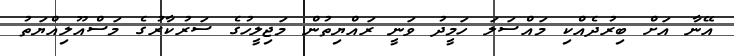
އޭނާ އަށް ބިރުދެއްކި މައްސަލަ ހަމީދު ވަނީ ރައްޔިތުން މަޖިލީހުގެ ސަރުކާރުގެ މަސްއޫލިއްޔަތު